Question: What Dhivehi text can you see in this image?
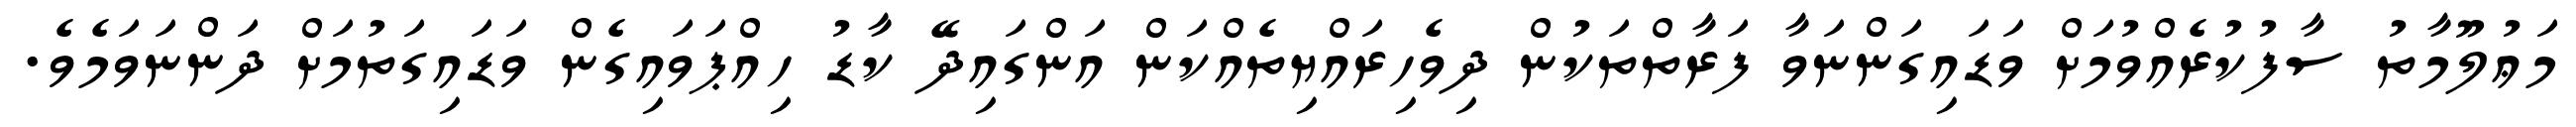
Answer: މަޢުލޫމާތު ސާފުކުރެއްވުމަށް ވަޑައިގަންނަވާ ފަރާތްތަކުން ދިވެހިރައްޔިތެއްކަން އަންގައިދޭ ކާޑު ހިއްޕަވައިގެން ވަޑައިގަތުމަށް ދަންނަވަމެވެ.